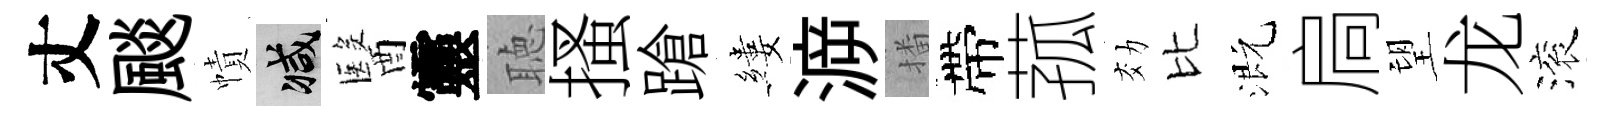
丈颷幘减醫靈聴搔蹌縷㴑播帶菰効比溉扃望龙滚